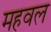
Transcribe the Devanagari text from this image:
महवल